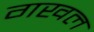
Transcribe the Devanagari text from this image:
गखल